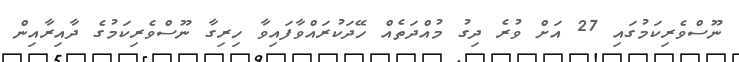
ނޫސްވެރިކަމުގައި 27 އަށް ވުރެ ދިގު މުއްދަތެއް ހޭދަކުރައްވާފައިވާ ހިރިގާ ނޫސްވެރިކަމުގެ ދާއިރާއިން